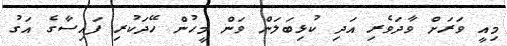
މިއީ ވަރަށް ވާދަވެރި އަދި ކުޅިބަލަން ވަން މީހުން ހޭދަކުރި ފައިސާގެ އަގު